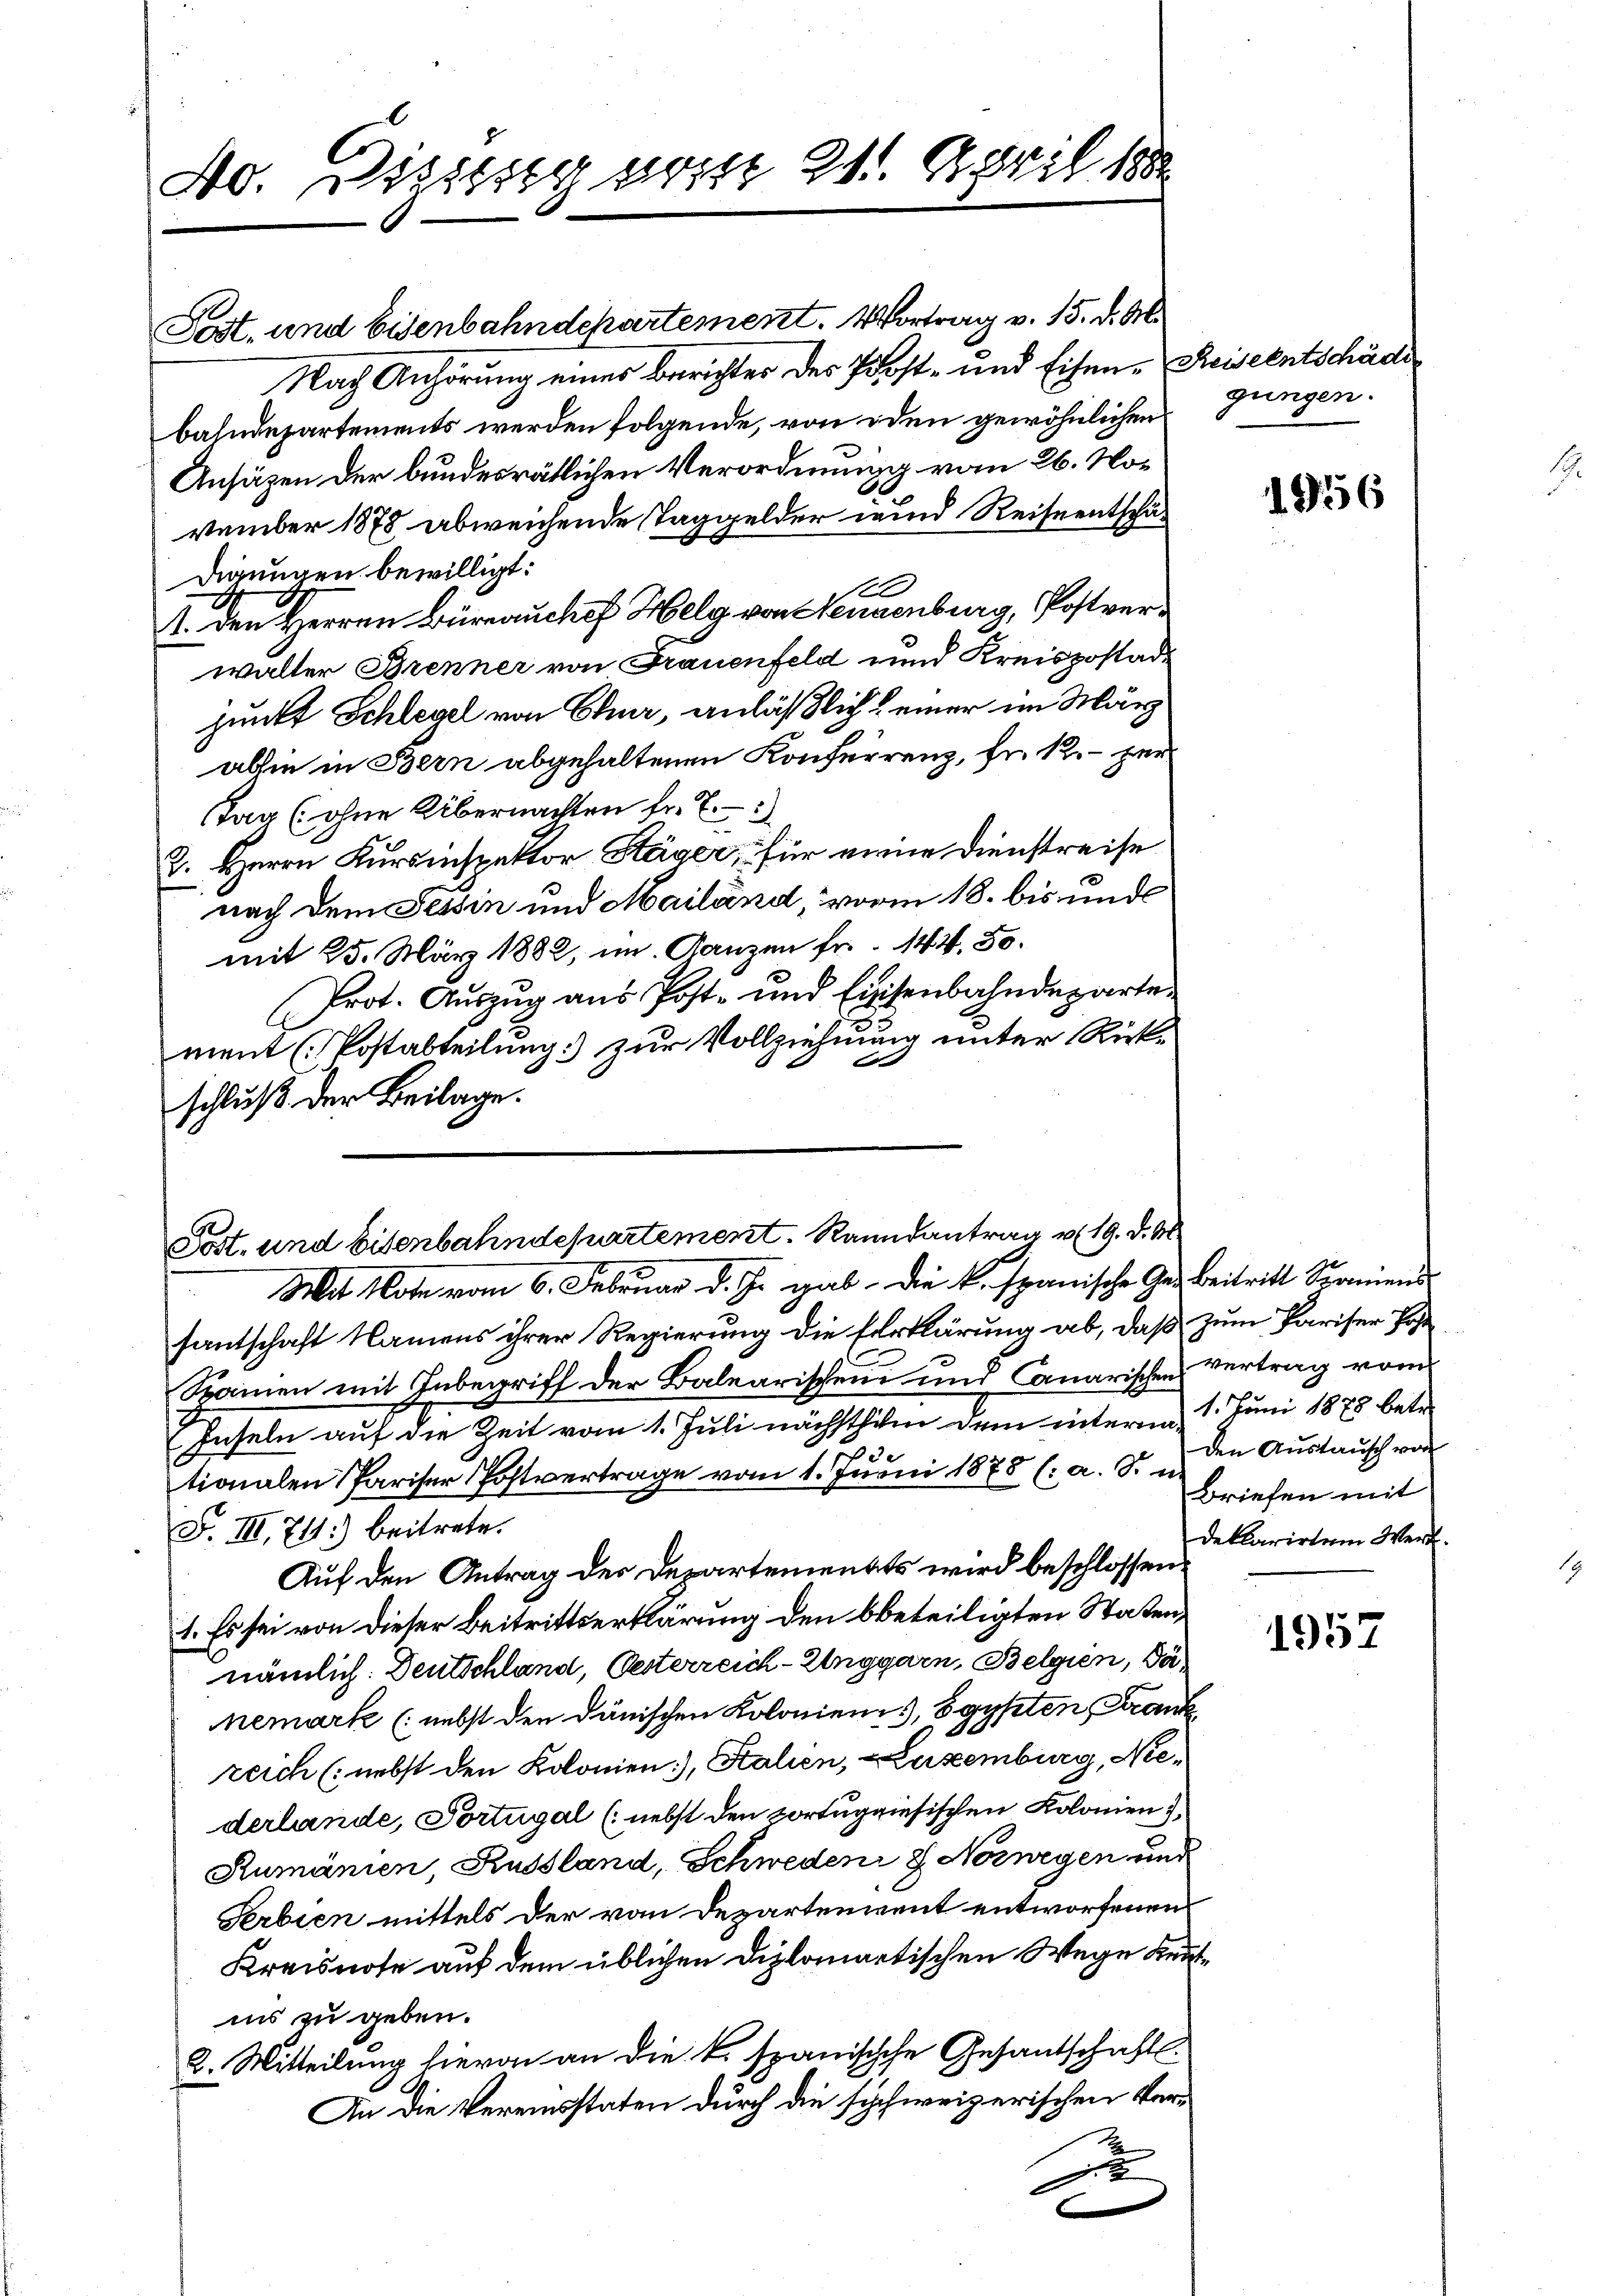
40. Diezing pris 211. April 18

Post. und Eisenbahndepartement. Vortrag v. 15. d. M.
Nach Anhörung eines Berichter des Post- und Eisen-Keiseentschäde
bahndepartements werden folgende, von iden gewöhnlichen
Ansäzen der bundesrätlichen Verordnung vom 26. November 1878 abweichende Taggelder und Reiseentschädirungen bewilligt:
10
I. den Herren Bürrauchef Helg von Neugenburg, Postverwalter Brenner von Frauenfeld und Kreispostadpunkt Schlegel von Chur, anläßlich einer im März
absie in Bern abgehaltenen Konferrenz, fr. 12. - zur
Tag (ohne Übernachten fr. E
2. Herrn Kursinspektor Säger, für eine Dienstreise
nach dem Tessin und Mailand, worin 18. bis und
mit 25. März 1882, im Ganzen fr. 144, 30.
Prot. Aŭszŭg aŭs Post- und Eisenbahndeparte
ment (Postabteilung) zur Vollziehung unter Rückf
schluß der Beilage.

Post. und Eisenbahndepartement. Ranndantrag v. 19. d. M

Mit Note vom 6. Februar d. J. gab. Die k. spanische Ges. Beitritt Samend
santschaft Namens ihrer Regierung die Erklärung ab, daß zum Pariser Pol
Sramen mit Inbegriff der Balearischen und Canarischen Vertrag vom
Inseln auf die Zeit vom 1. Juli nächsthin dem interm 1 Juni 1875 betr.
e
tionalen Pariser Postvertrage vom 1. Juni 1878 (: a. S. u.
F. III. 74) beitrete.
Auf den Antrag des Departements wird beschlossen:
1. Es sei von dieser Beitrittserklärung den bbeteiligten Staten,
nämlich: Deutschland, Oesterreich-Unggarn, Belgien, Dänemark (nebst den dänischen Kolonien, Egypten Frank
zeich (nebst den Kolonien), Salien, – Luxenburg, Niederlande, Portugal (nebst den portugriesischen Kolonien
Rumänien, Russland, Schweden 8. Norwegen und
Serbien mittels der von Departenvent entworfenen
Kreisnote auf dem üblichen Diplomatischen Wege Keutins zu geben.
2. Mitteilung hievon an die k. spanischche Gesantschaft.
An die Vereinsstaten durch die schweizerischen Verx

gungen.

1956

Den Austausch von
Briefen mit
deklarirten Wert.

1957